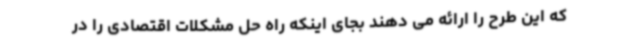
که این طرح را ارائه می دهند بجای اینکه راه حل مشکلات اقتصادی را در